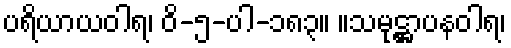
ပရိယာယဝါရ၊ ဝိ-၅-ပါ-၁၈၃။ ။သမုဋ္ဌာပနဝါရ၊